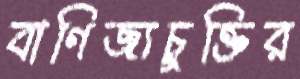
বাণিজ্যচুক্তির